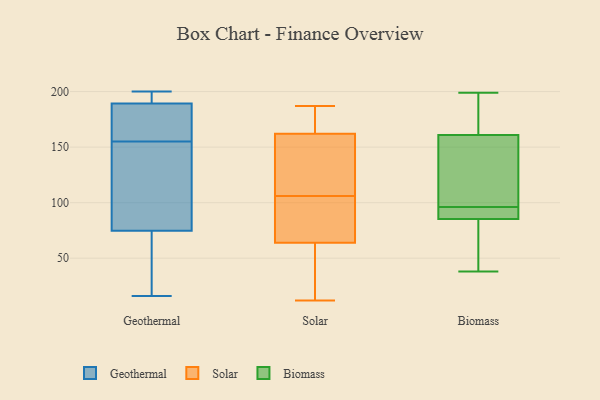
{"axis": {"x": "Budget (USD K)", "y": "Value"}, "legend": ["Biomass", "Geothermal", "Solar"], "data": [{"x": "", "y": 182, "type": "Geothermal"}, {"x": "", "y": 191, "type": "Geothermal"}, {"x": "", "y": 74, "type": "Geothermal"}, {"x": "", "y": 194, "type": "Geothermal"}, {"x": "", "y": 91, "type": "Geothermal"}, {"x": "", "y": 184, "type": "Geothermal"}, {"x": "", "y": 196, "type": "Geothermal"}, {"x": "", "y": 18, "type": "Geothermal"}, {"x": "", "y": 181, "type": "Geothermal"}, {"x": "", "y": 16, "type": "Geothermal"}, {"x": "", "y": 155, "type": "Geothermal"}, {"x": "", "y": 106, "type": "Geothermal"}, {"x": "", "y": 200, "type": "Geothermal"}, {"x": "", "y": 44, "type": "Geothermal"}, {"x": "", "y": 77, "type": "Geothermal"}, {"x": "", "y": 158, "type": "Solar"}, {"x": "", "y": 170, "type": "Solar"}, {"x": "", "y": 64, "type": "Solar"}, {"x": "", "y": 109, "type": "Solar"}, {"x": "", "y": 103, "type": "Solar"}, {"x": "", "y": 83, "type": "Solar"}, {"x": "", "y": 61, "type": "Solar"}, {"x": "", "y": 12, "type": "Solar"}, {"x": "", "y": 162, "type": "Solar"}, {"x": "", "y": 187, "type": "Solar"}, {"x": "", "y": 38, "type": "Biomass"}, {"x": "", "y": 67, "type": "Biomass"}, {"x": "", "y": 186, "type": "Biomass"}, {"x": "", "y": 90, "type": "Biomass"}, {"x": "", "y": 92, "type": "Biomass"}, {"x": "", "y": 62, "type": "Biomass"}, {"x": "", "y": 74, "type": "Biomass"}, {"x": "", "y": 114, "type": "Biomass"}, {"x": "", "y": 154, "type": "Biomass"}, {"x": "", "y": 182, "type": "Biomass"}, {"x": "", "y": 183, "type": "Biomass"}, {"x": "", "y": 99, "type": "Biomass"}, {"x": "", "y": 103, "type": "Biomass"}, {"x": "", "y": 96, "type": "Biomass"}, {"x": "", "y": 199, "type": "Biomass"}, {"x": "", "y": 89, "type": "Biomass"}, {"x": "", "y": 92, "type": "Biomass"}]}